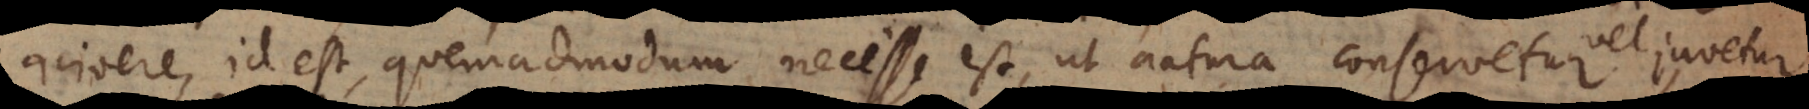
vivere, id est, quemadmodum necesse est, ut natura conservetur,